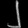
Digit: ၂